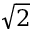
\sqrt { 2 }